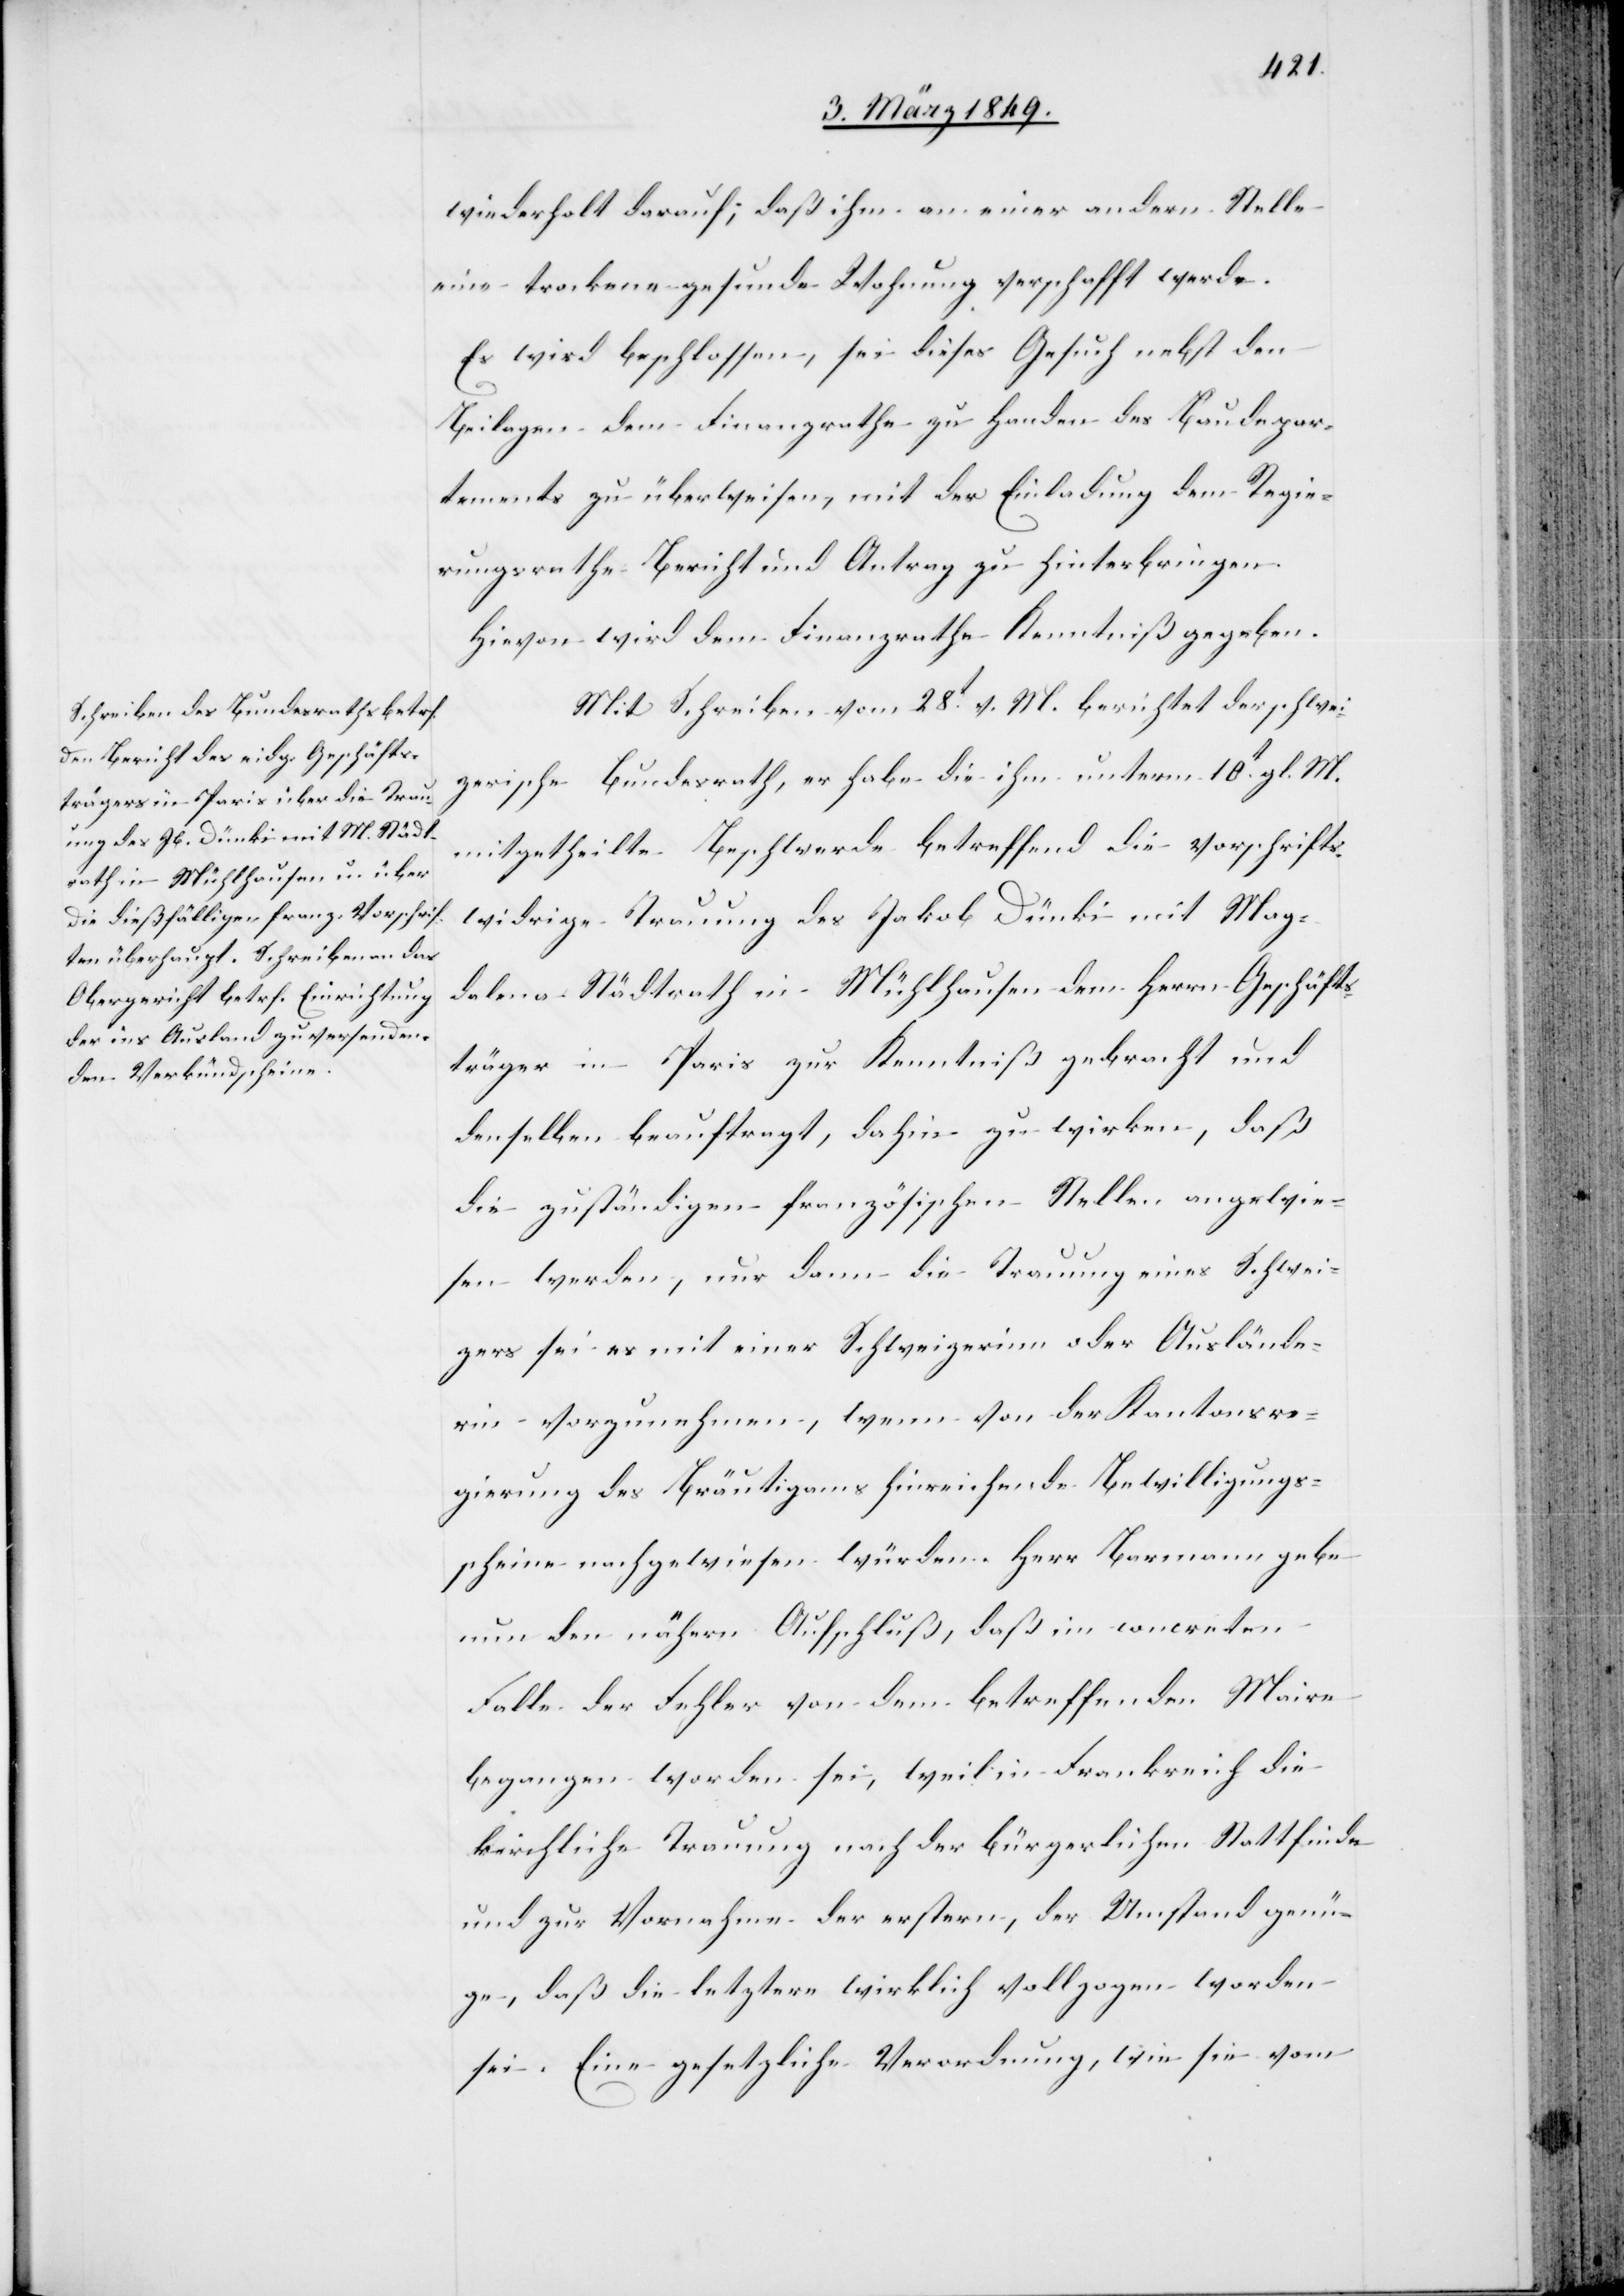
wiederholt darauf; daß ihm an einer andern Stelle
eine trockene gesunde Wohnung verschafft werde.
Es wird beschlossen, sei dieses Gesuch nebst den
Beilagen dem Finanzrathe zu Handen des Baudepar¬
tements zu überweisen, mit der Einladung dem Regie¬
rungsrathe Bericht und Antrag zu hinterbringen.
Hievon wird dem Finanzrathe Kenntniß gegeben.
Mit Schreiben vom 28t. v. M. berichtet der schwei¬
zerische Bundesrath, er habe die ihm unterm 10t. gl. M.
mitgetheilte Beschwerde betreffend die vorschrifts¬
widrige Trauung des Jakob Dünki mit Mag¬
dalena Städtrath in Mühlhausen dem Herrn Geschäfts¬
träger in Paris zur Kenntniß gebracht und
denselben beauftragt, dahin zu wirken, daß
die zuständigen französischen Stellen angewie¬
sen werden, nur dann die Trauung eines Schwei¬
zers sei es mit einer Schweizerinn oder Auslände¬
rin vorzunehmen, wenn von der Kantonsre¬
gierung des Bräutigams hinreichende Bewilligungs¬
scheine nachgewiesen würden. Herr Barmann gebe
nun den nähern Aufschluß, daß im concreten
Falle der Fehler von dem betreffenden Maire
begangen worden sei, weil in Frankreich die
kirchliche Trauung nach der bürgerlichen Stattfinde
und zur Vornahme der erstern, der Umstand genü¬
ge, daß die letztere wirklich vollzogen se¬
i. Eine gesetzliche Verordnung, wie sie vom